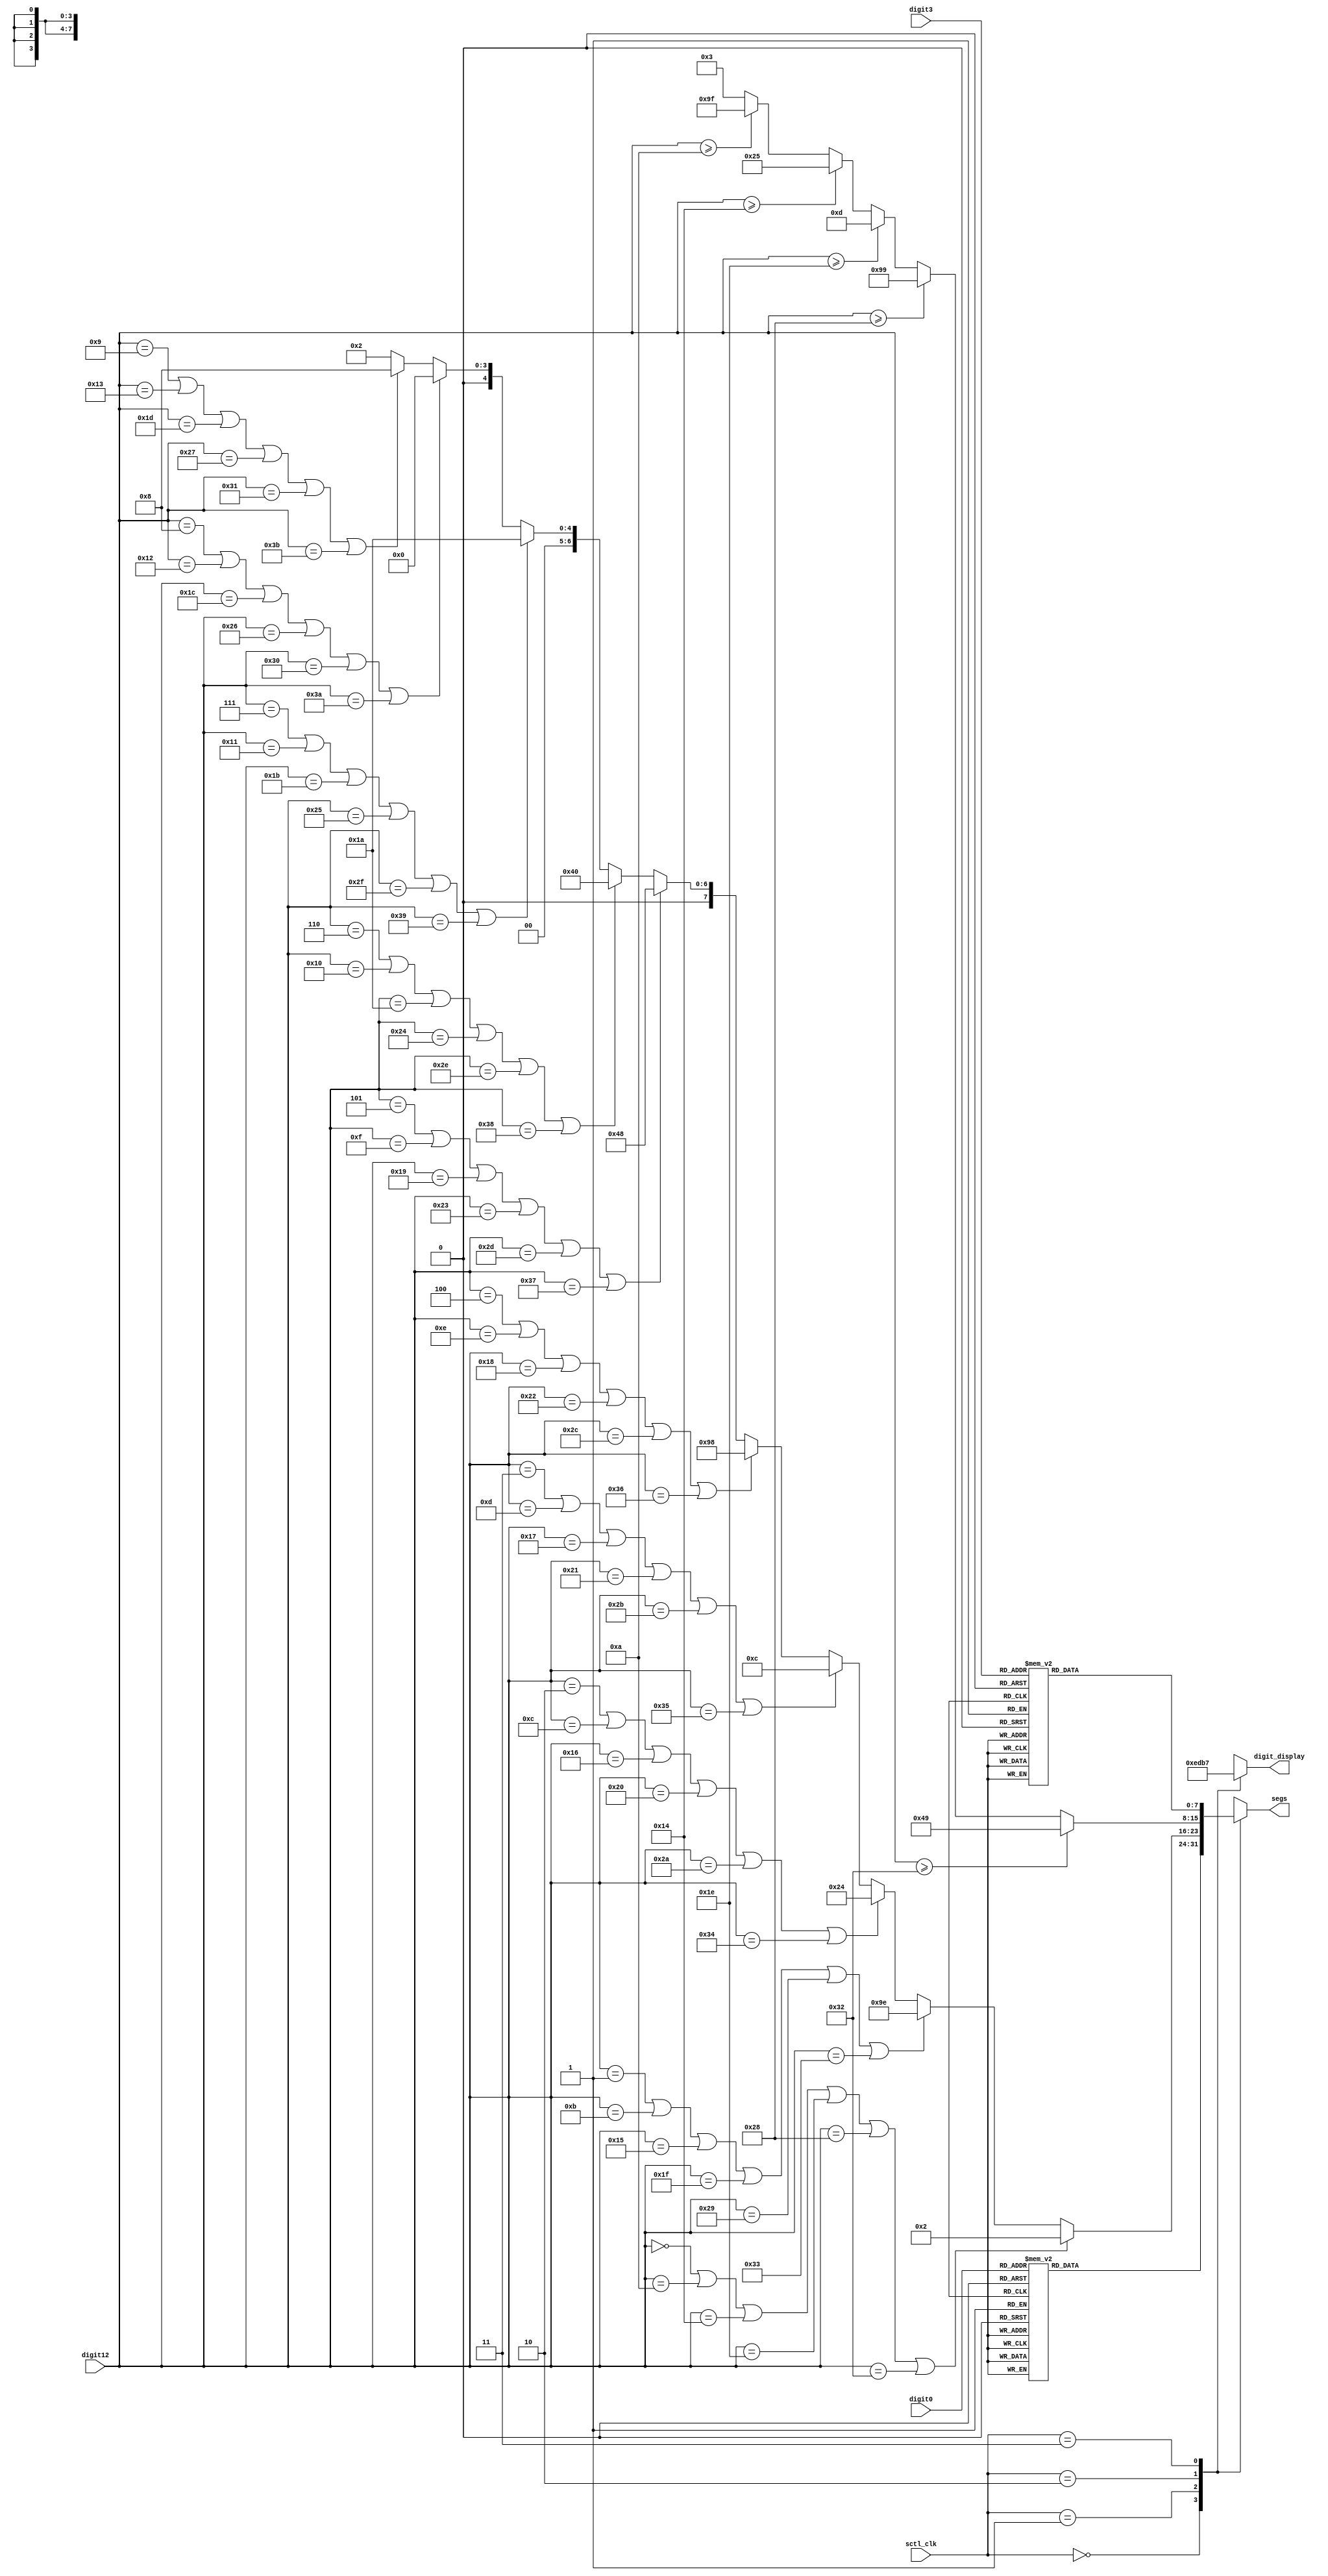
`timescale 1ns / 1ps
module seven_seg(digit0, digit3, digit12, sctl_clk, digit_display, segs);
input [3:0] digit0, digit3;
input [5:0] digit12;
input [1:0] sctl_clk;
output [3:0] digit_display;
output [7:0] segs;
reg [3:0] digit_display;
reg [7:0] segs;
reg [7:0] dout0, dout1, dout2, dout3;

always @(*) begin
    case(digit0)
        4'd0 : dout0 = 8'b00000011;
        4'd1 : dout0 = 8'b10011111;
        4'd2 : dout0 = 8'b00100101;
        4'd3 : dout0 = 8'b00001101;
        4'd4 : dout0 = 8'b10011001;
        4'd5 : dout0 = 8'b01001001;
        4'd6 : dout0 = 8'b01000001;
        4'd7 : dout0 = 8'b00011011;
        4'd8 : dout0 = 8'b00000001;
        4'd9 : dout0 = 8'b00001001;
        default : dout0 = 8'b00000011; 
    endcase
end

always @(*) begin
    case(digit3)
        4'd0 : dout3 = 8'b00000011;
        4'd1 : dout3 = 8'b10011111;
        4'd2 : dout3 = 8'b00100101;
        4'd3 : dout3 = 8'b00001101;
        4'd4 : dout3 = 8'b10011001;
        4'd5 : dout3 = 8'b01001001;
        4'd6 : dout3 = 8'b01000001;
        4'd7 : dout3 = 8'b00011011;
        4'd8 : dout3 = 8'b00000001;
        4'd9 : dout3 = 8'b00001001;
        default : dout3 = 8'b00000011; 
    endcase
end

always @(*) begin
    if(digit12 == 6'd0 || digit12 == 6'd10 || digit12 == 6'd20 || digit12 == 6'd30 || digit12 == 6'd40 || digit12 == 6'd50)
        dout1 = 8'b00000010;
    else if(digit12 == 6'd1 || digit12 == 6'd11 || digit12 == 6'd21 || digit12 == 6'd31 || digit12 == 6'd41 || digit12 == 6'd51)
        dout1 = 8'b10011110;
    else if(digit12 == 6'd2 || digit12 == 6'd12 || digit12 == 6'd22 || digit12 == 6'd32 || digit12 == 6'd42 || digit12 == 6'd52)
        dout1 = 8'b00100100;
    else if(digit12 == 6'd3 || digit12 == 6'd13 || digit12 == 6'd23 || digit12 == 6'd33 || digit12 == 6'd43 || digit12 == 6'd53)
        dout1 = 8'b00001100;
    else if(digit12 == 6'd4 || digit12 == 6'd14 || digit12 == 6'd24 || digit12 == 6'd34 || digit12 == 6'd44 || digit12 == 6'd54)
        dout1 = 8'b10011000;
    else if(digit12 == 6'd5 || digit12 == 6'd15 || digit12 == 6'd25 || digit12 == 6'd35 || digit12 == 6'd45 || digit12 == 6'd55)
        dout1 = 8'b01001000;
    else if(digit12 == 6'd6 || digit12 == 6'd16 || digit12 == 6'd26 || digit12 == 6'd36 || digit12 == 6'd46 || digit12 == 6'd56)
        dout1 = 8'b01000000;
    else if(digit12 == 6'd7 || digit12 == 6'd17 || digit12 == 6'd27 || digit12 == 6'd37 || digit12 == 6'd47 || digit12 == 6'd57)
        dout1 = 8'b00011010;
    else if(digit12 == 6'd8 || digit12 == 6'd18 || digit12 == 6'd28 || digit12 == 6'd38 || digit12 == 6'd48 || digit12 == 6'd58)
        dout1 = 8'b00000000;
    else if(digit12 == 6'd9 || digit12 == 6'd19 || digit12 == 6'd29 || digit12 == 6'd39 || digit12 == 6'd49 || digit12 == 6'd59)
        dout1 = 8'b00001000;
    else
        dout1 = 8'b00000010;
end

always @(*) begin
    if(digit12 >= 6'd50) 
        dout2 = 8'b01001001;
    else if(digit12 >= 6'd40)
        dout2 = 8'b10011001;
    else if(digit12 >= 6'd30)
        dout2 = 8'b00001101;
    else if(digit12 >= 6'd20)
        dout2 = 8'b00100101;
    else if(digit12 >= 6'd10)
        dout2 = 8'b10011111;
    else
        dout2 = 8'b00000011;            
end

always@(*) begin
    case(sctl_clk)
        2'd0 : segs = dout0; 
        2'd1 : segs = dout1; 
        2'd2 : segs = dout2; 
        2'd3 : segs = dout3; 
    endcase
end

always@(*) begin
    case(sctl_clk)
        2'd0 : digit_display = 4'b1110; 
        2'd1 : digit_display = 4'b1101; 
        2'd2 : digit_display = 4'b1011; 
        2'd3 : digit_display = 4'b0111; 
    endcase
end
endmodule